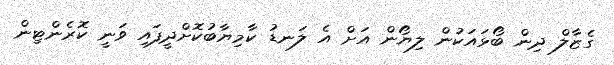
ގެޒާލް ދިން ބޯޅައަކުން ލިޔޯން އަށް އެ ލަނޑު ކާމިޔާބުކޮށްދީފައި ވަނީ ކޮރެންޓިން